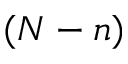
( N - n )